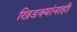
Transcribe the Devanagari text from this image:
खिडक्यांनाही